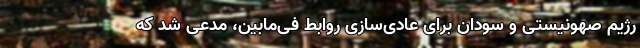
رژیم صهونیستی و سودان برای عادی‌سازی روابط فی‌مابین،‌ مدعی شد که